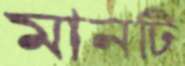
মানটি